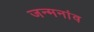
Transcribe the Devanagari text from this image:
जन्मनांव